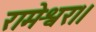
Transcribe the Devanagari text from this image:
रामेश्वर।।